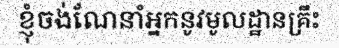
ខ្ញុំចង់ណែនាំអ្នកនូវមូលដ្ឋានគ្រឹះ